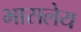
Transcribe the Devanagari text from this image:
भासलेय